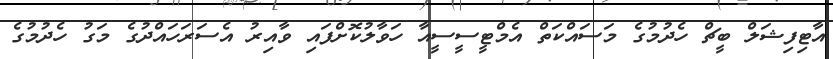
އާޓިފިޝަލް ބީޗް ހެދުމުގެ މަސައްކަތް އެމްޓީސީސީއާ ހަވާލުކޮށްފައި ވާއިރު އެސަރަހައްދުގެ މަގު ހެދުމުގެ